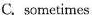
C. sometimes